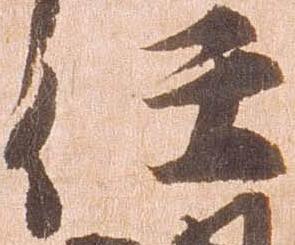
任